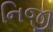
નિજી